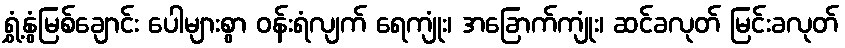
ရွှံ့နွံမြစ်ချောင်း ပေါများစွာ ဝန်းရံလျက် ရေကျုံး၊ အခြောက်ကျုံး၊ ဆင်ခလုတ် မြင်းခလုတ်